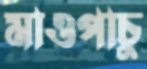
মাওপাচু